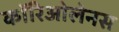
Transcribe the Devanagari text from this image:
कॉरिओलेनस